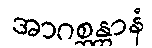
အာဂစ္ဆန္တာနံ